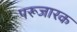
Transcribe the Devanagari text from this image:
परूजारक